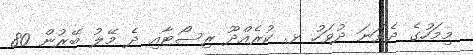
މިމަހުގެ ދެވަނަ ދުވަހު ޅ. ކުރެއްދޫ ރިސޯޓާއި ދެ މޭލު ބޭރުން 80